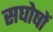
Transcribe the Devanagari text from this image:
सघोषों